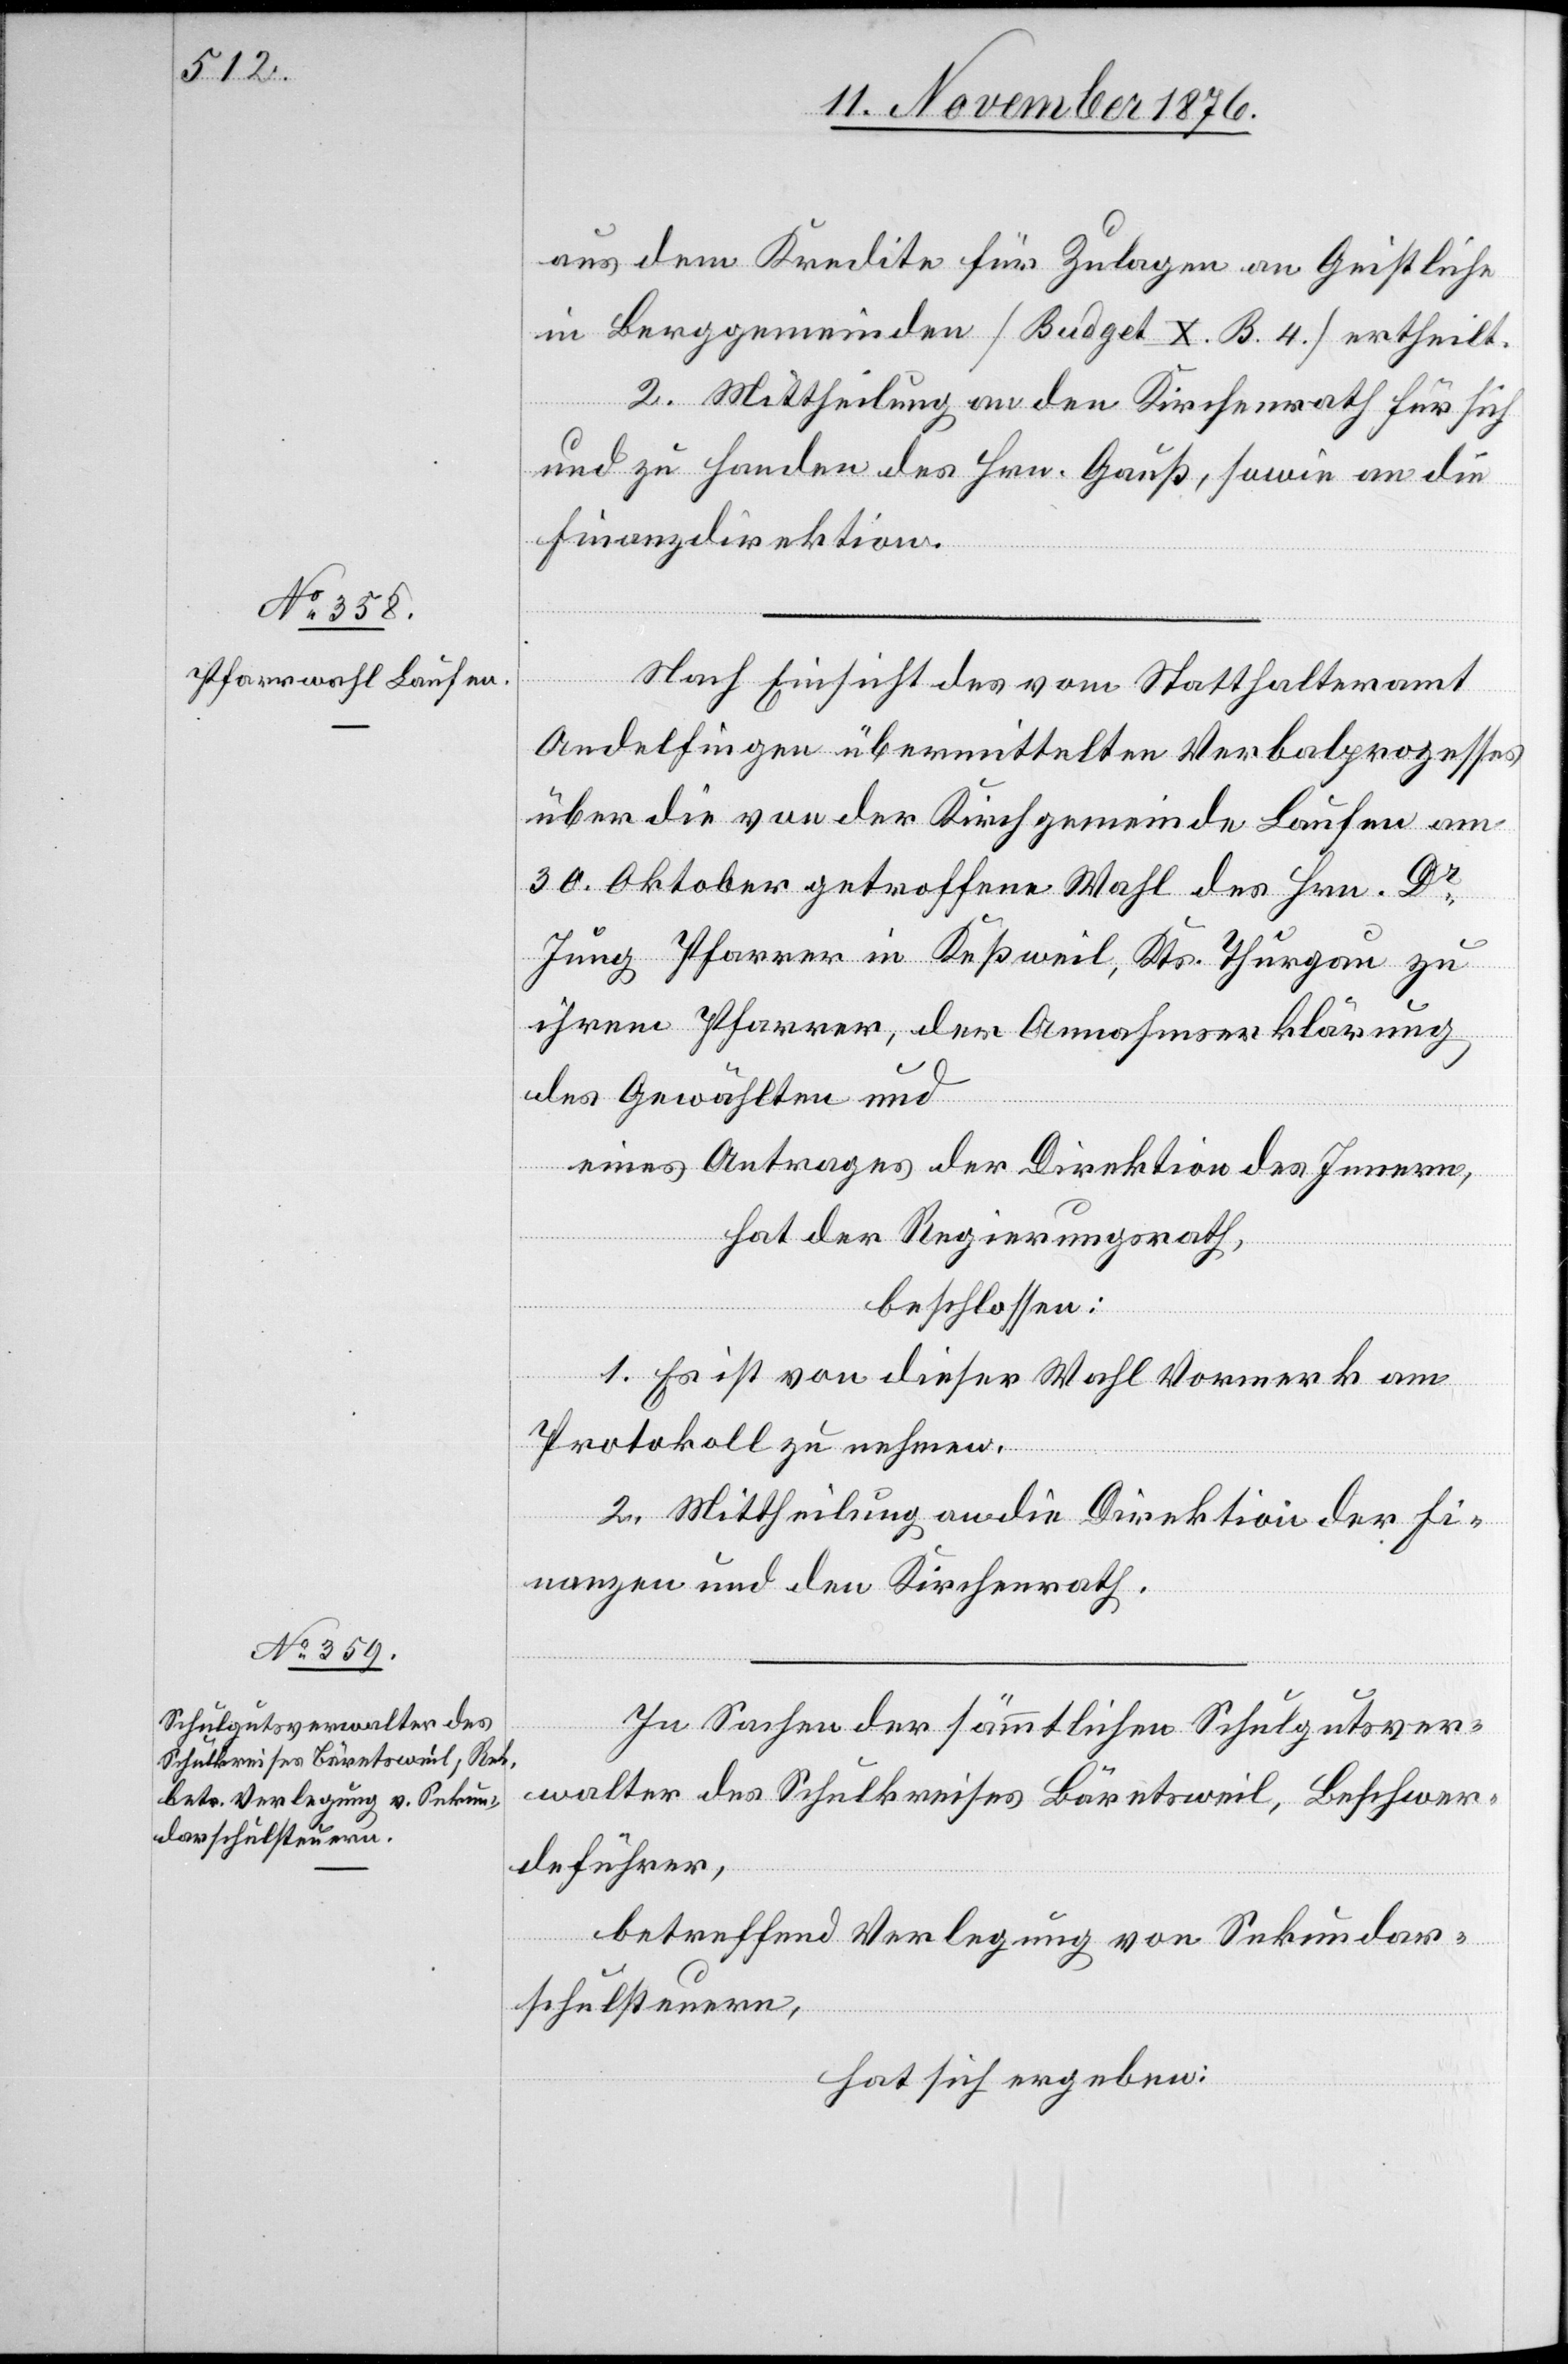
aus dem Kredite für Zulagen an Geistliche
in Berggemeinden [Budget X. B. 4.] ertheilt.
2. Mittheilung an den Kirchenrath für sich
und zu Handen des Hrn. Gauß, sowie an die
Finanzdirektion.
Nach Einsicht des vom Statthalteramt
Andelfingen übermittelten Verbalprozesses
über die von der Kirchgemeinde Laufen am
30. Oktober getroffenen Wahl des Hrn. Dr
Jung Pfarrer in Keßweil, Kts. Thurgau zu
ihrem Pfarrer, der Annahmserklärung
des Gewählten und
eines Antrages der Direktion des Innern,
hat der Regierungsrath,
beschlossen:
1. Es ist von dieser Wahl Vormerk am
Protokoll zu nehmen.
2. Mittheilung an die Direktion der Fi¬
nanzen und den Kirchenrath.
In Sachen der sämmtlichen Schulgutsver¬
walter des Schulkreises Bäretsweil, Beschwer¬
deführer,
betreffend Verlegung von Sekundar¬
schulsteuern,
hat sich ergeben: